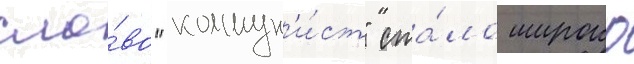
сло́во "коммун'и́ст" ста́ло широко